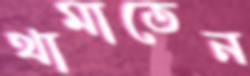
থামাতেন